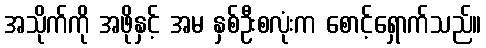
အသိုက်ကို အဖိုနှင့် အမ နှစ်ဦးစလုံးက စောင့်ရှောက်သည်။